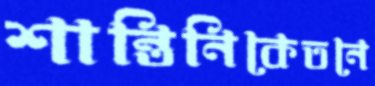
শান্তিনিকেতনে